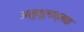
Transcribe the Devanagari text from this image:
अनुकूलात्मक